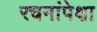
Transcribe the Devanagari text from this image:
रचनांपेक्षा